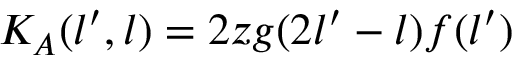
K _ { A } ( l ^ { \prime } , l ) = 2 z g ( 2 l ^ { \prime } - l ) f ( l ^ { \prime } )